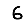
Digit: 6